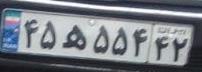
۴۵ه۵۵۴۴۲